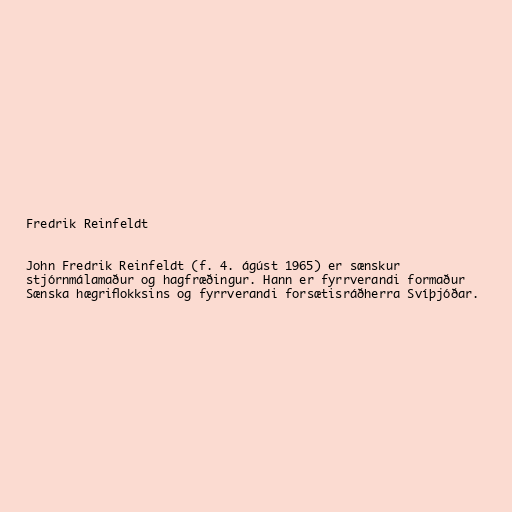
Fredrik Reinfeldt

John Fredrik Reinfeldt (f. 4. ágúst 1965) er sænskur
stjórnmálamaður og hagfræðingur. Hann er fyrrverandi formaður
Sænska hægriflokksins og fyrrverandi forsætisráðherra Svíþjóðar.